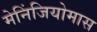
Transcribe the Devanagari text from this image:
मेनिंजियोमास